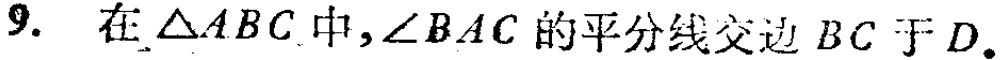
9. 在$\triangle ABC$中,$\angle BAC$的平分线交边$BC$于$D$.